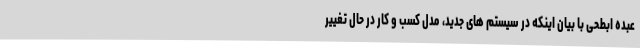
عبده ابطحی با بیان اینکه در سیستم های جدید، مدل کسب و کار در حال تغییر